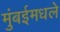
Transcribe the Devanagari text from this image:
मुंबईमधले